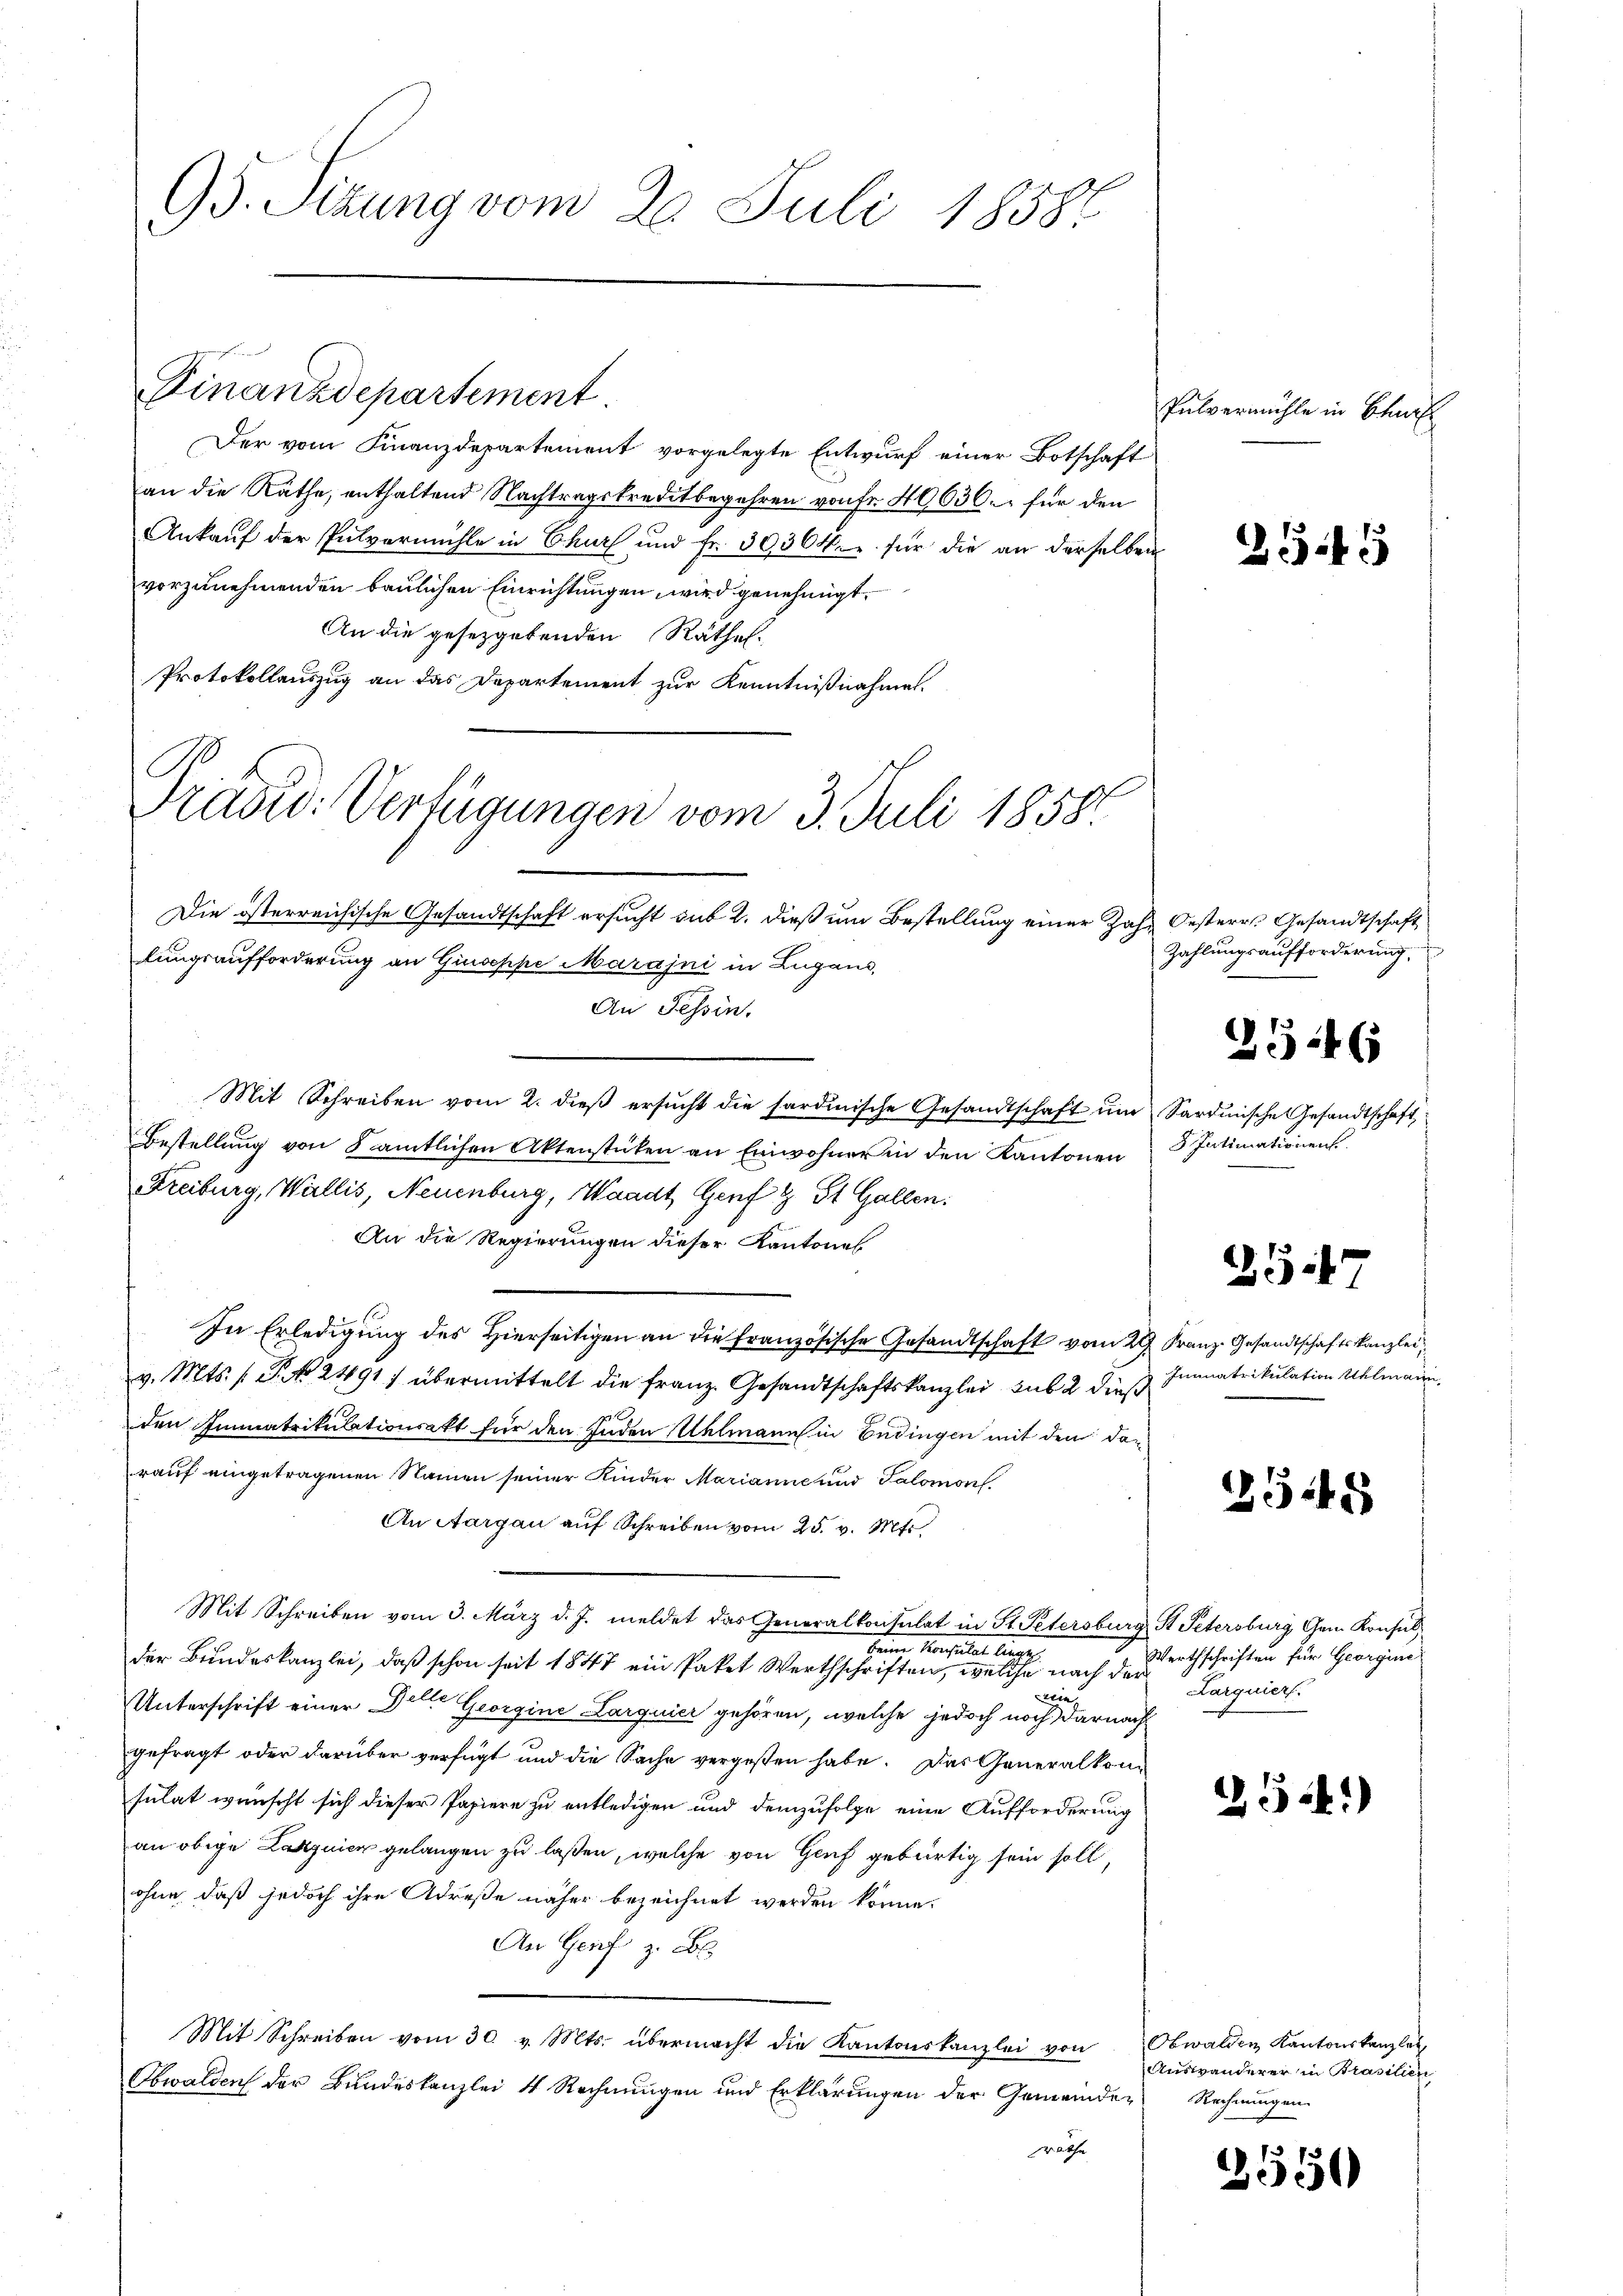
95. Sitzung vom 20. Juli 18584

Der vom Finanzdepartement vorgelegte Entwurf einer Botschaft
an die Räthe, enthaltend Nachtragskreditbegehren von Fr. 40636. für den
Ankaŭf der Pulvermühle in Chur und fr. 39364. für die an derselben
vorzunehmenden baulichen Einrichtungen, wird genehmigt.
An die gesetzgebenden Räthe.
Protokollauszug an das Departement zur Kenntnißnahme.
Tradid: Verfügungen vom 3. Juli 1858

Finanzdepartement.

Die österreichische Gesandtschaft ersucht sub 2. dieß um Bestellung einer Zahn Oesterr. Gesandtschaft
lungsaufforderung an Giuseppe Marajni in Zugano,
An Tessin.
Mit Schreiben vom 2. dieß ersucht die sardinische Gesandtschaft um Sardinische Gesandtschaft
Bestellung von 8 ämtlichen Aktenstüken an Einwohner in den Kantonen
Freiburg, Wallis, Neuenburg, Waadt, Genf & St. Gallen.
An die Regierungen dieser Kantone
In Erledigung des Hierseitigen an die Französische Gesandtschaft vom 29. Franz. Gesandtschaftskanzlei,
v. Mts. f. P. Nr. 21891 übermittelt die Franz. Gesandtschaftskanzlei, sub 2 dieß
den Immatrikulationsakt für den Enden Uelmann in Endingen mit den darauf eingetragenen Namen seiner Kinder Marianne und Salomon
An Aargau auf Schreiben vom 25. v. Mts
Mit Schreiben vom 3. März d. J. meldet das Generalkonsulat in St. Petersburg, St. Petersburg Gem. Konsul
Herrn Konsultat lange
der Bundeskanzlei, daß schon seit 1847 ein Paket Werthschriften, welche nach der
wie
Unterschrift einer Gelte Georgine Larquier gehören, welche jedoch noch darnach
gefragt oder darüber verfügt und die Sache vergeßen habe. Das Generalkonsulat wünscht sich dieser Papiere zu entledigen und demzufolge eine Aufforderung
an obige Latznier gelangen zu laßen, welche von Genf gebürtig sein soll,
ohne, daß jedoch ihre Adrese näher bezeichnet werden könne.
An Genf z. B.
Mit Schreiben vom 30. v. Mts. übermacht die Kantonskanzlei von
Obwalden der Bundeskanzlei 4 Rechnungen und Erklärungen der Gemeinden Rechnungen
wrathe

Pulvermühle in Beauf

354

Zahlungsaufforderung.

2546

8 Intimationens.

3547

Innnatrikulation Melmann.

25548

Werthschriften für Georgine
Larquier.

256.)

Obwalden Kantonskanzle
Auswanderer in Prasilien

3550